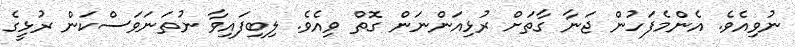
ނުވިއެވެ. އެންމެފަހުން ޖަނާ ގާތަށް ރުޅިއަންނަން ގޮތް ވިއެވެ. ލިބިފައިވާ ނުތަނަވަސްކަން ރުޅީގެ